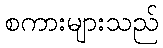
စကားများသည်